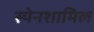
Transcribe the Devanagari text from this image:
स्पेनशामिल